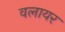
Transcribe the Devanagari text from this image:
वलायर